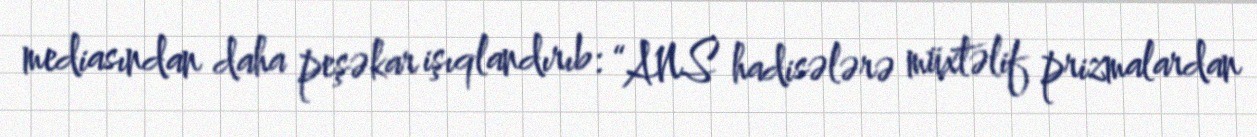
mediasından daha peşəkar işıqlandırıb: “ANS hadisələrə müxtəlif prizmalardan